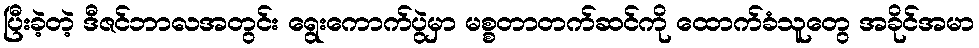
ပြီးခဲ့တဲ့ ဒီဇင်ဘာလအတွင်း ရွေးကောက်ပွဲမှာ မစ္စတာတက်ဆင်ကို ထောက်ခံသူတွေ အခိုင်အမာ